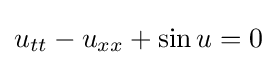
u_{tt}-u_{xx}+\sin u=0